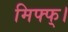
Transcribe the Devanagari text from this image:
मिफ्फ्।